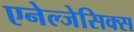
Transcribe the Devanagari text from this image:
एनेल्जेसिक्स